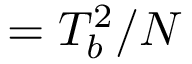
= T _ { b } ^ { 2 } / N